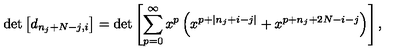
\det \left[ d _ { n _ { j } + N - j , i } \right] = \det \left[ \sum _ { p = 0 } ^ { \infty } x ^ { p } \left( x ^ { p + | n _ { j } + i - j | } + x ^ { p + n _ { j } + 2 N - i - j } \right) \right] ,